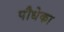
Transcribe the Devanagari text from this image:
पौधेका